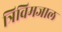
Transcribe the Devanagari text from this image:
त्रिविमजाल